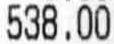
538.00